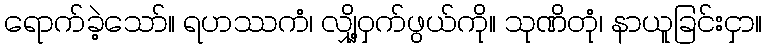
ရောက်ခဲ့သော်။ ရဟဿကံ၊ လျှို့ဝှက်ဖွယ်ကို။ သုဏိတုံ၊ နာယူခြင်းငှာ။